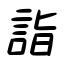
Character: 詣